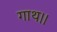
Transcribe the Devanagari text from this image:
गाथ।।